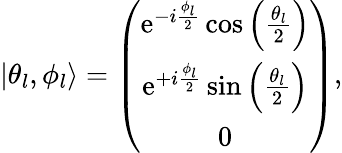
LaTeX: \begin{array}{r}{|\theta_{l},\phi_{l}\rangle=\left(\begin{array}{c}{\mathrm{e}^{-i\frac{\phi_{l}}{2}}\cos\left(\frac{\theta_{l}}{2}\right)}\\ {\mathrm{e}^{+i\frac{\phi_{l}}{2}}\sin\left(\frac{\theta_{l}}{2}\right)}\\ {0}\end{array}\right),}\end{array}